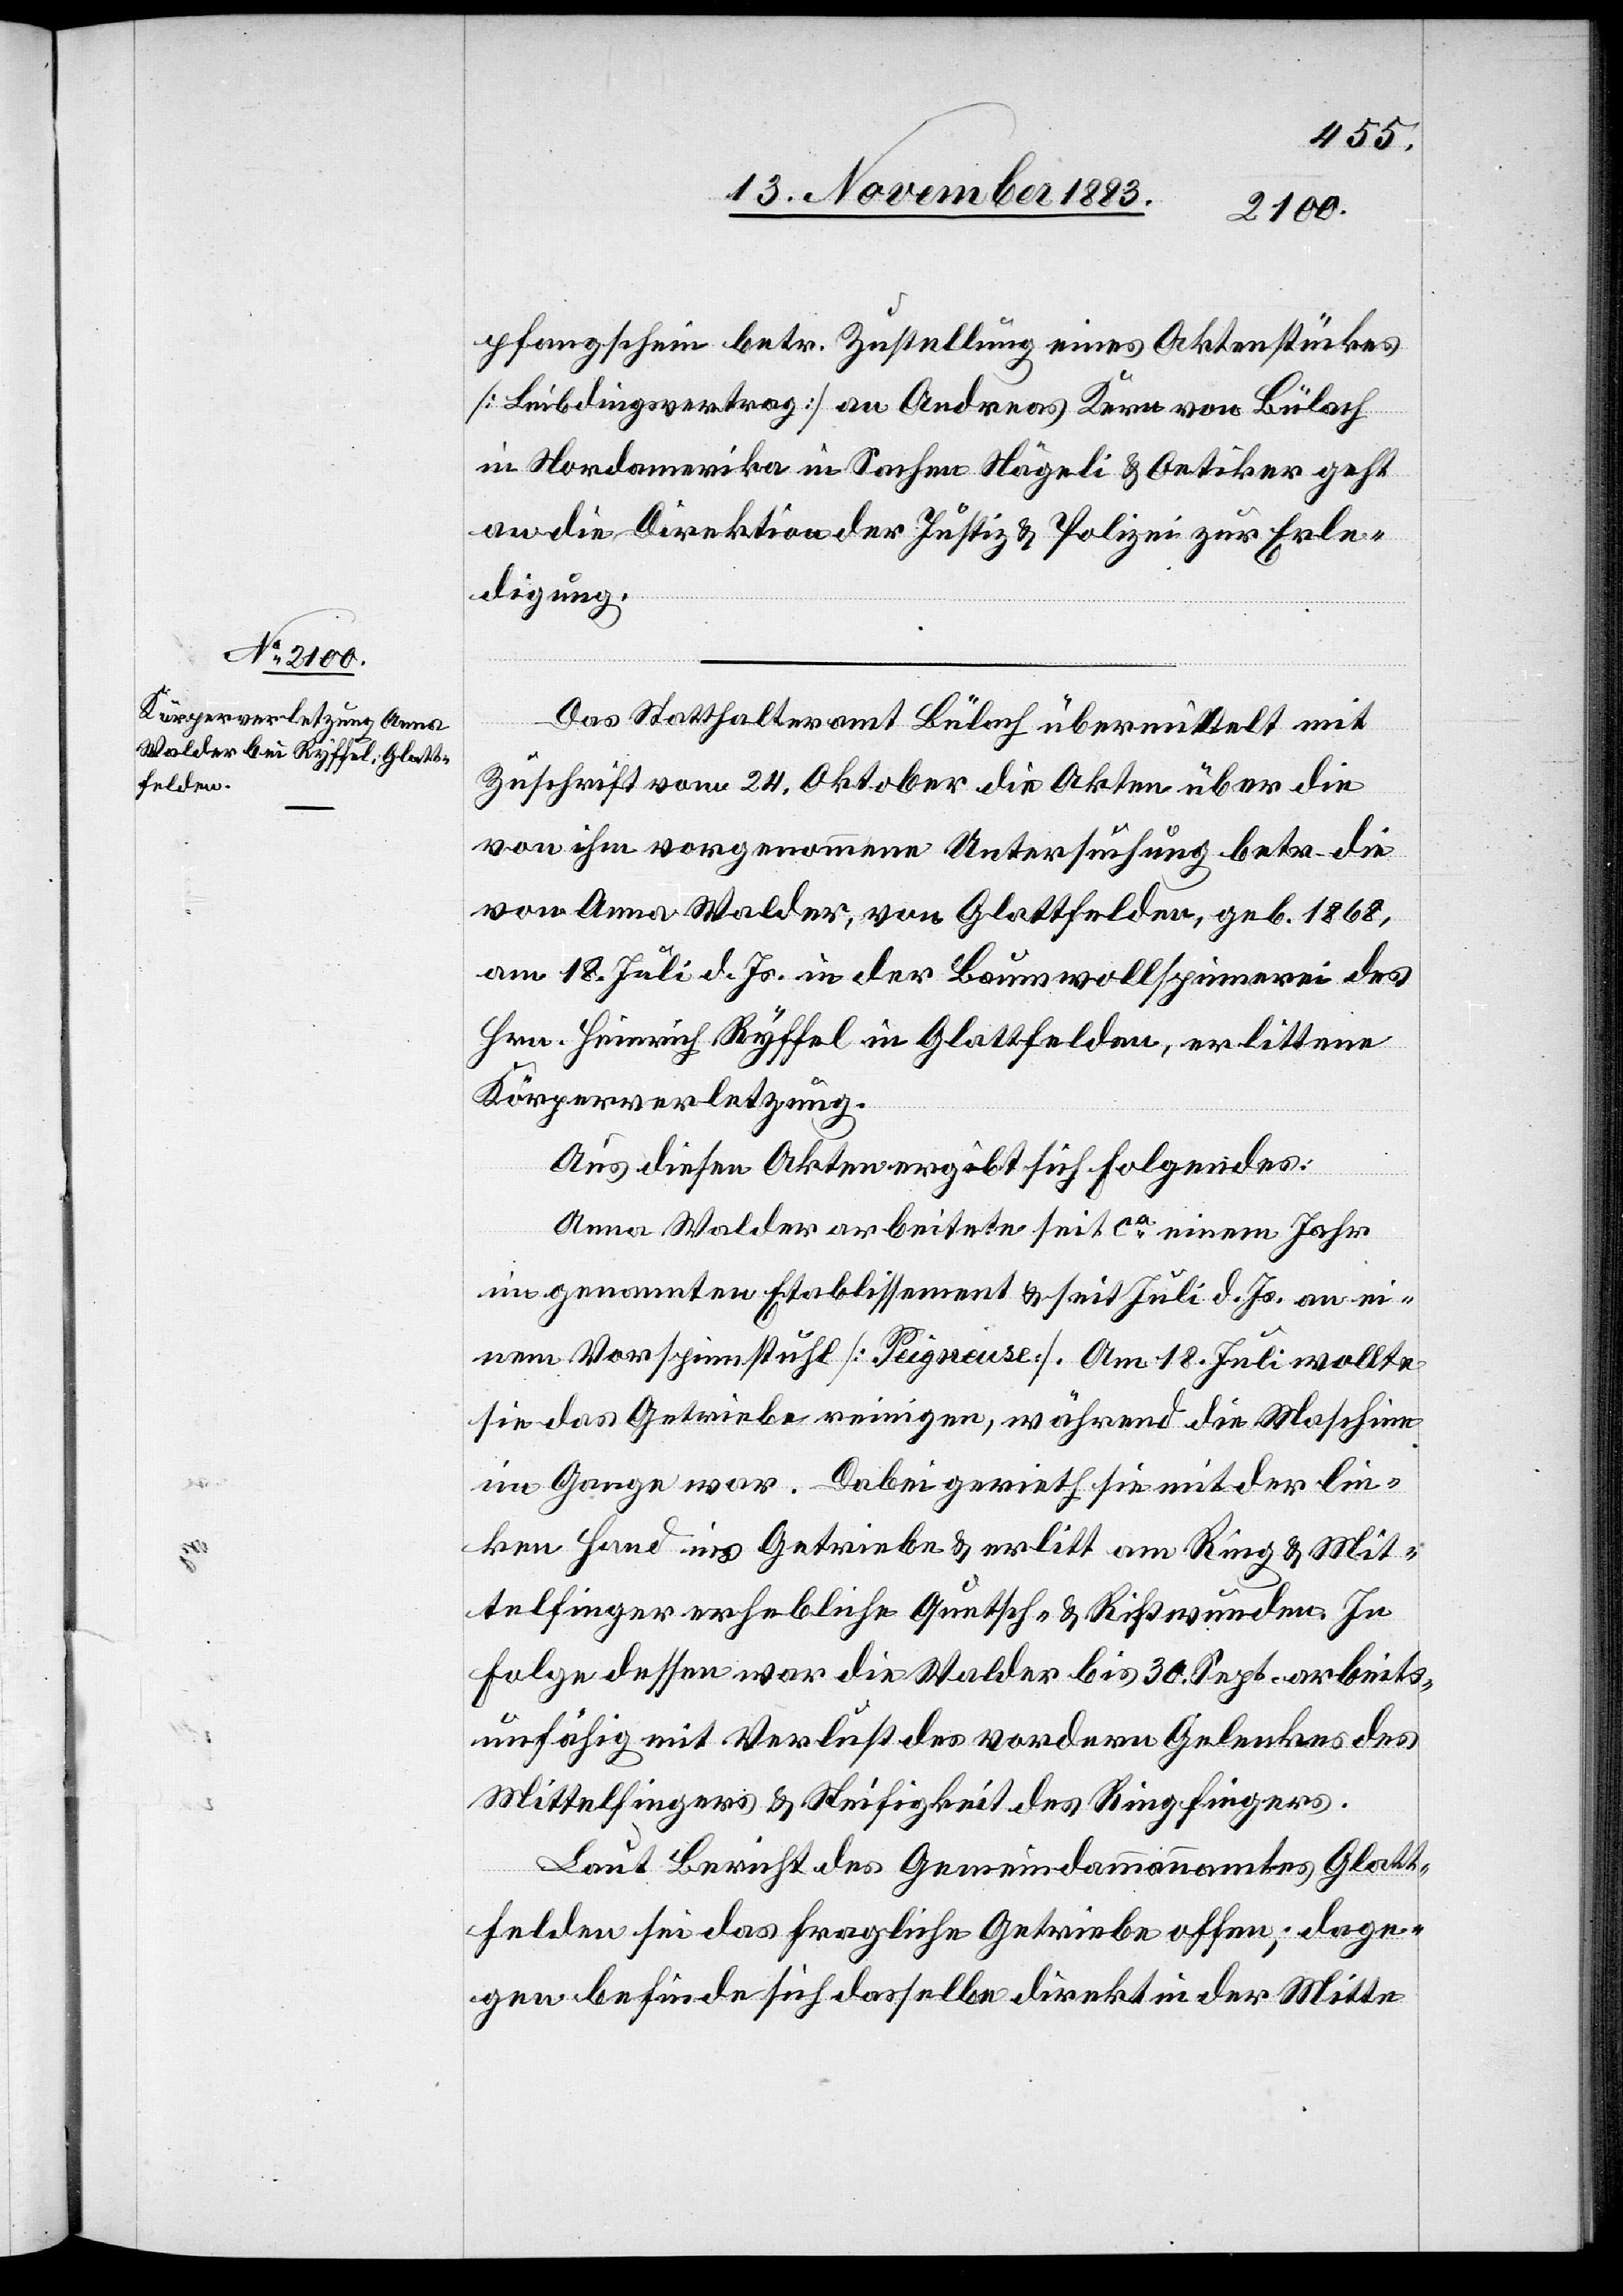
pfangschein betr. Zustellung eines Aktenstückes
[Leibdingsvertrag] an Andreas Kern von Bülach
in Nordamerika in Sachen Nägeli & Oetiker geht
an die Direktion der Justiz & Polizei zur Erle¬
digung.
Das Statthalteramt Bülach übermittelt mit
Zuschrift vom 24. Oktober die Akten über die
von ihm vorgenommene Untersuchung betr. die
von Anna Walder, von Glattfelden, geb. 1868,
am 18. Juli d. Js. in der Baumwollspinnerei des
Hrn. Heinrich Ryffel in Glattfelden, erlittene
Körperverletzung.
Aus diesen Akten ergibt sich Folgendes:
Anna Walder arbeitete seit ca einem Jahr
im genannten Etablissement & seit Juli d. Js. an ei¬
nem Vorspinnstuhl [Peigneuse]. Am 18. Juli wollte
sie das Getriebe reinigen, während die Maschine
im Gange war. Dabei gerieth sie mit der lin¬
ken Hand ins Getriebe & erlitt am Ring- & Mit¬
telfinger erhebliche Quetsch- & Rißwunden. In
Folge dessen war die Walder bis 30. Sept. arbeits¬
unfähig mit Verlust des vorderen Gelenkes des
Mittelfingers & Steifigkeit des Ringfingers.
Laut Bericht des Gemeindammannamtes Glatt¬
felden sei das fragliche Getriebe offen; dage¬
gen befinde sich dasselbe direkt in der Mitte